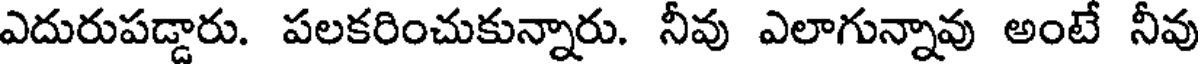
ఎదురుపడ్డారు. పలకరించుకున్నారు. నీవు ఎలాగున్నావు అంటే నీవు